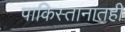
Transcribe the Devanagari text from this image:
पाकिस्तानातही